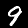
Label: 9